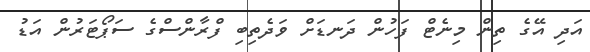
އަދި އޭގެ ތިން މިނެޓް ފަހުން ދަނޑަށް ވަދެތިބި ފްރާންސްގެ ސަޕޯޓަރުން އަޑު